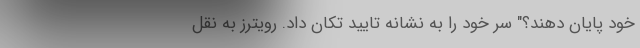
خود پایان دهند؟" سر خود را به نشانه تایید تکان داد. رویترز به نقل